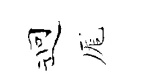
迎厖